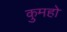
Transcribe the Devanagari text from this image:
कुमहो